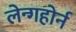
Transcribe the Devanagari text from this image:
लेन्गहोर्न